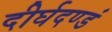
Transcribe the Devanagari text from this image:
दीर्घदण्डं